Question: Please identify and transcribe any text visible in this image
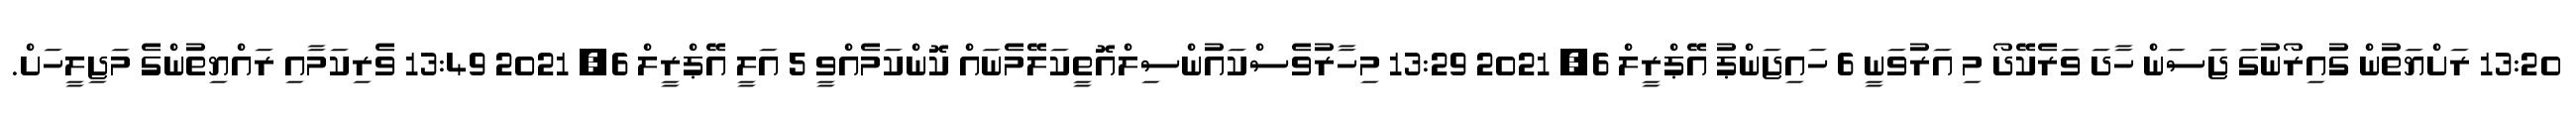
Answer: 13:20 ރަށްޔަތުން ގުއިރޯނުގަ ޖަސަން ހާދަ ވަރެކޭދޯ މި އަރުވަނީ 6 ހައިޖަންޕު އޭޕްރީލް 6, 2021 13:29 މިހާރުވެސްކައުންސިލްއޮތީކަލޭމެނައް ކޮންކަމެއްވީ 5 އަލީ އޭޕްރީލް 6, 2021 13:49 ވެރިކަމާއި ރައްޔިތުންގެ މަޖިލީހަށް.